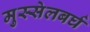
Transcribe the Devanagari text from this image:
मुस्सेलबर्घ